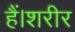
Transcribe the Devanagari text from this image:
हैं।शरीर